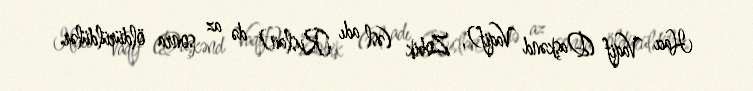
Hacı Vaqif (Daşkənd Vaqif), Zobik (əsl adı Ruslan) də az sonra öldürüldülər.